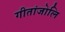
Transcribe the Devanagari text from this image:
गीतांजोलि